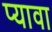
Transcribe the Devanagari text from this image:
प्यावा